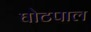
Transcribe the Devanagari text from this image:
घोटपाल